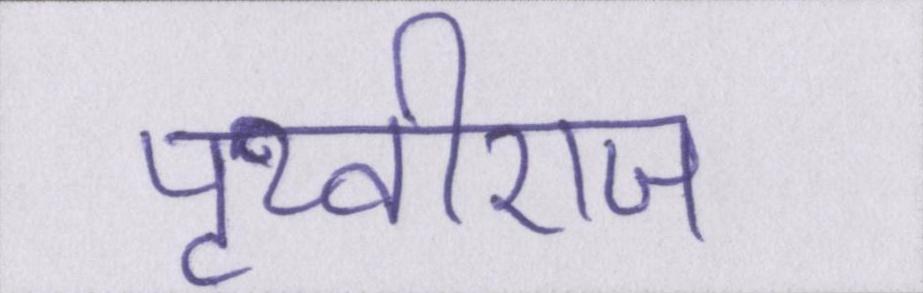
पृथ्वीराज